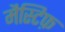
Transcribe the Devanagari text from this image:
मैस्टिफ़